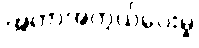
အကာအကွယ်ပေးမှု